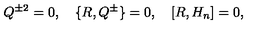
Q ^ { \pm 2 } = 0 , \quad \{ R , Q ^ { \pm } \} = 0 , \quad [ R , H _ { n } ] = 0 ,